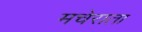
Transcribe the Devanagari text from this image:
मचेराता